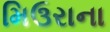
મિઉરાના